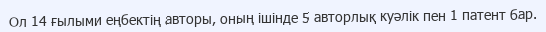
Ол 14 ғылыми еңбектің авторы, оның ішінде 5 авторлық куәлік пен 1 патент бар.